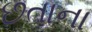
છતાના